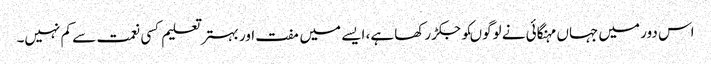
اس دور میں جہاں مہنگائی نے لوگوںکو جکڑ رکھا ہے، ایسے میں مفت اور بہتر تعلیم کسی نعمت سے کم نہیں۔